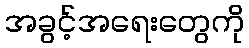
အခွင့်အရေးတွေကို